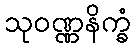
သုဝဏ္ဏနိက္ခံ